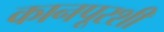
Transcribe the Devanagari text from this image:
कानपूरशी